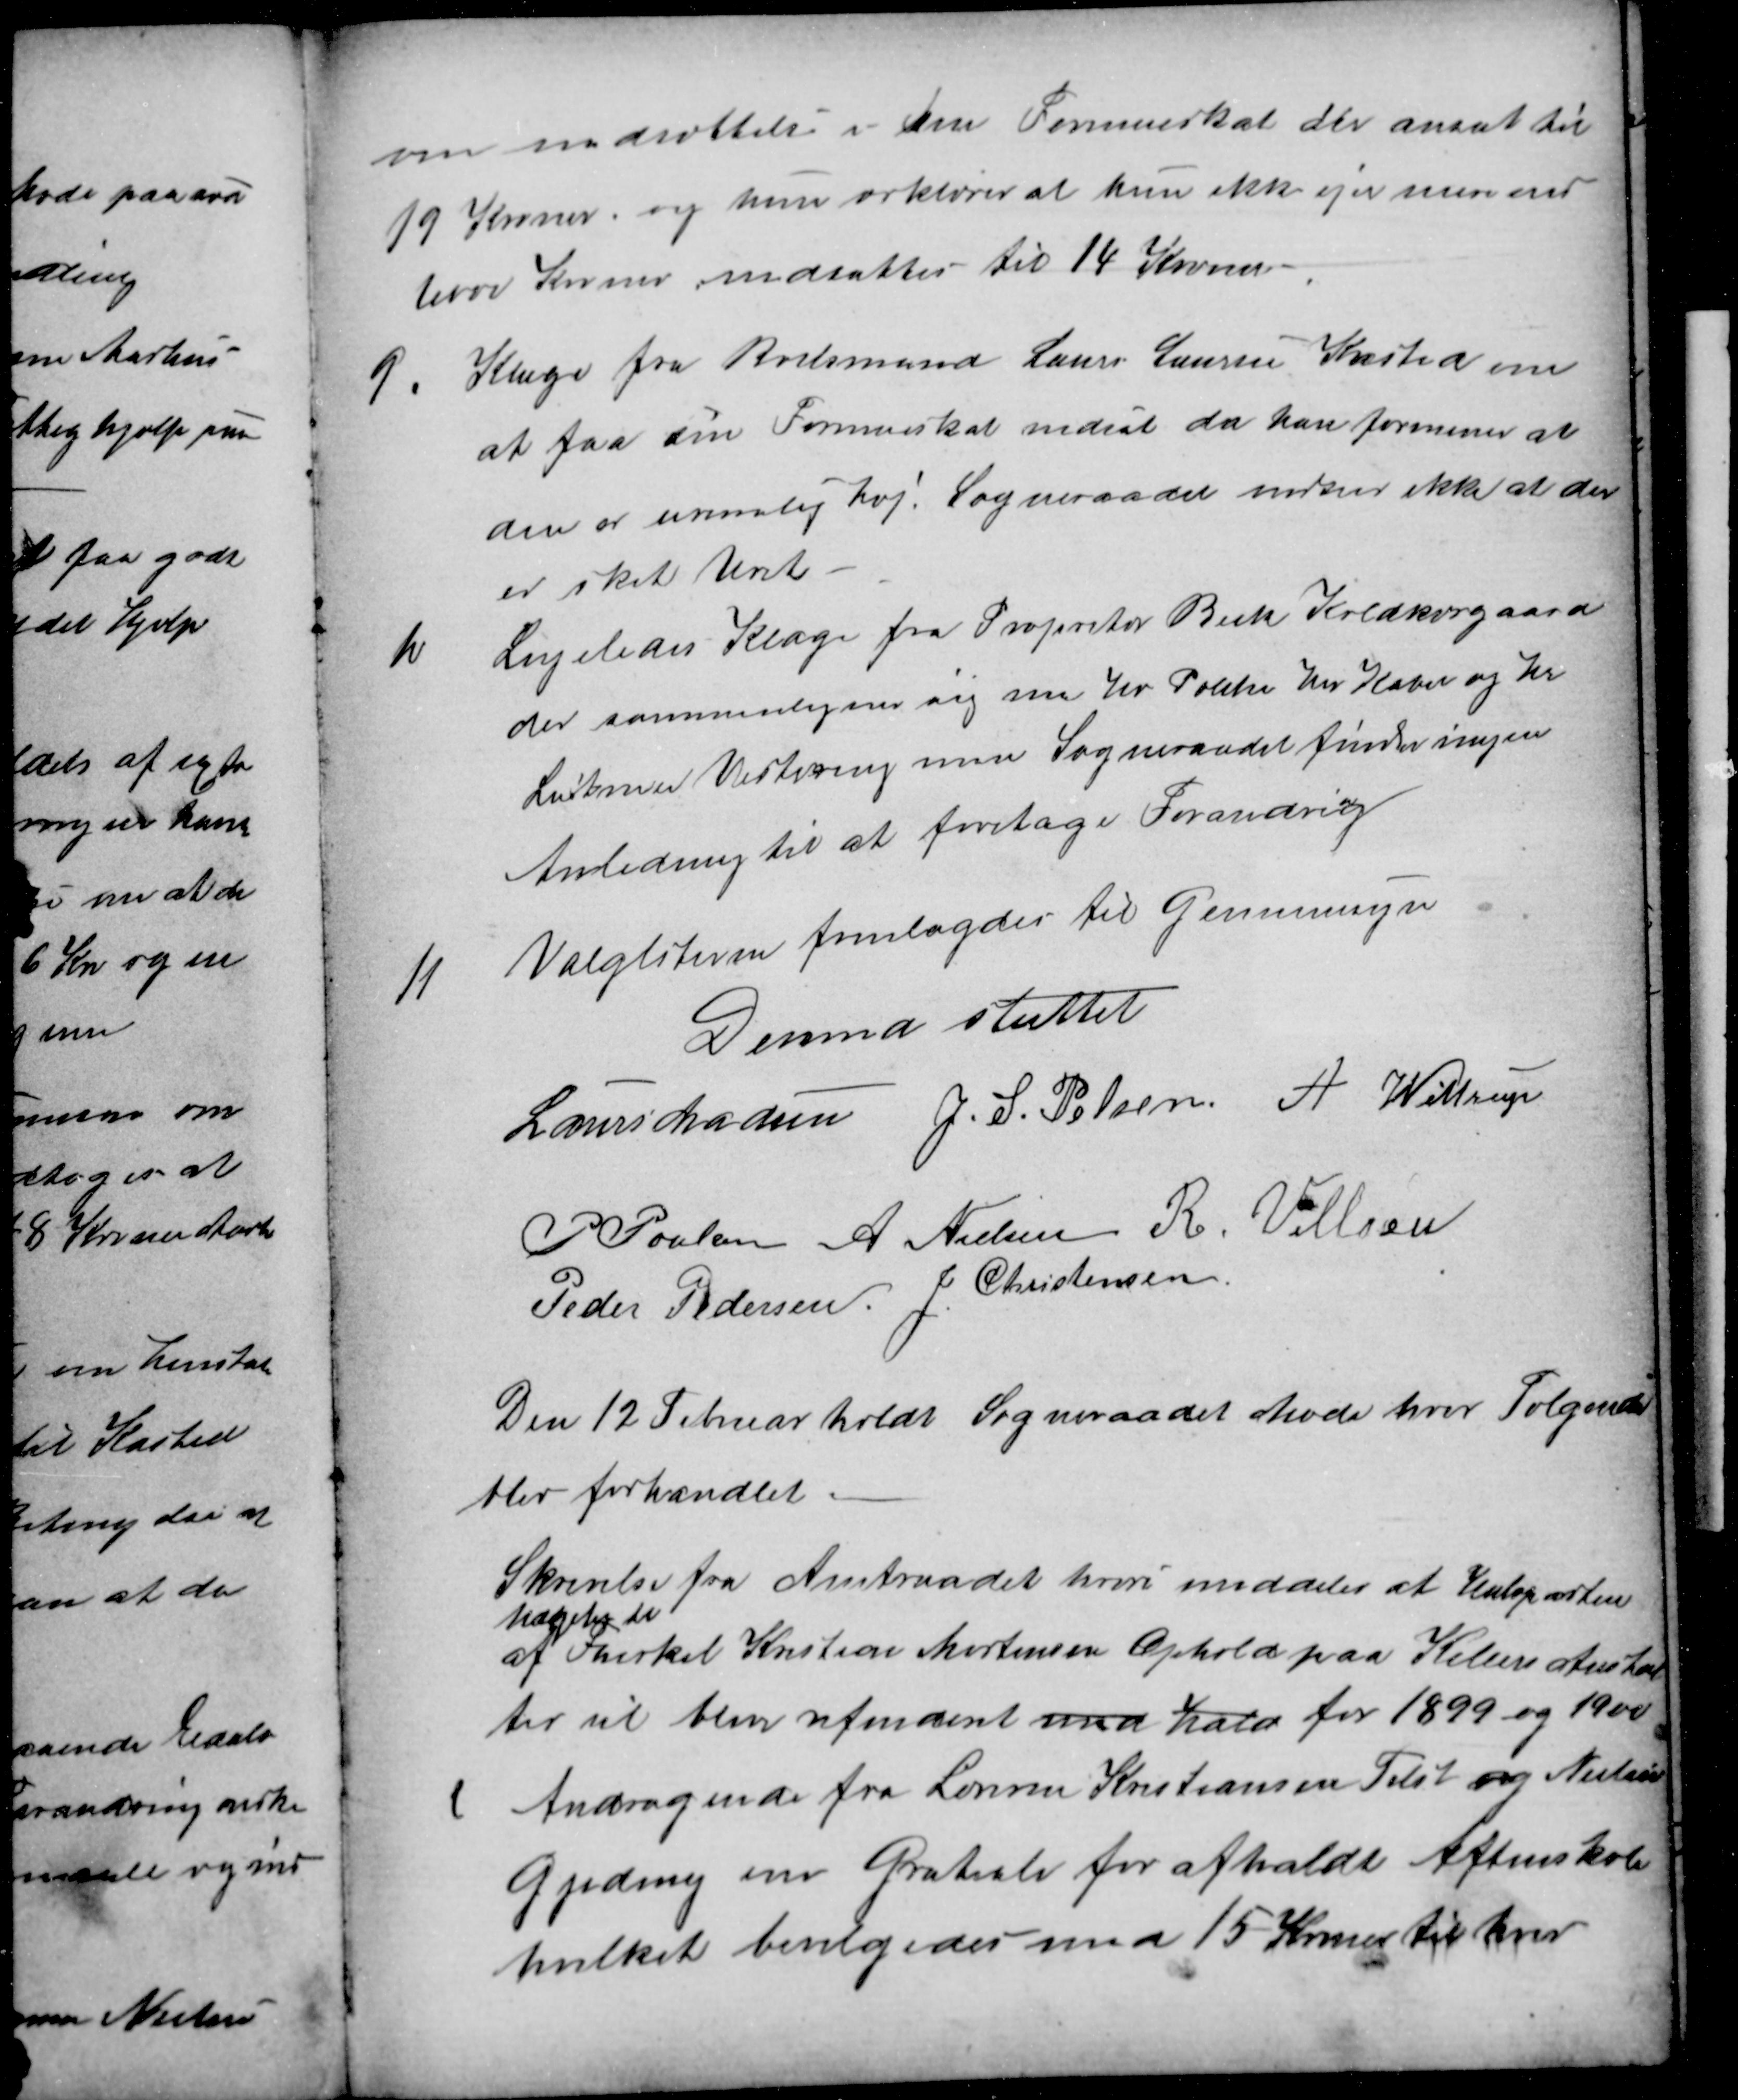
Transskription:
om nedsættelse i den Formueskat der ansat til
19 Kroner, og hun erklærer at hun ikke ejer mere end
1000 Kroner nedsattes til 14 Kroner
9.
Klage fra Boelsmand Laurs Laursen Kasted om
at faa sin Formueskat nedsat da han formener at
den er urimelig høj. Sogneraadet indser ikke at der
er sket Uret
10
Ligeledes Klage fra Propritær Beck Koldkærgaard
der sammenligner sig med Hr Poulsen Hr Kabel og Hr
Lützen Vestereng men Sogneraadet finder ingen
Anledning til at foretage Forandring
11
Valglisterne fremlagdes til Gennemsyn
Dermed sluttet
Laurs Madsen
J. S. Pelsen
A. Wittrup
P Poulsen
A. Nielsen
R. Villsen
Peder Pedersen
 J. Christensen
Den 12 Februar holdt Sogneraadet Møde hvor Følgende
blev forhandlet.
Skrivelse fra Amtraadet hvori meddeles at Halvparten
af
udgiften til
Therkel Kristian Mortensen Ophold paa Kellers Anstal
ter vil blive refunderet med hald for 1899 og 1900
1
Andragende fra Lærerne Kristiansen Tilst og Nielsen
Gjeding om Gratiale for afholdt Aftenskole
hvilket bevilgedes med 15 Kroner til hver